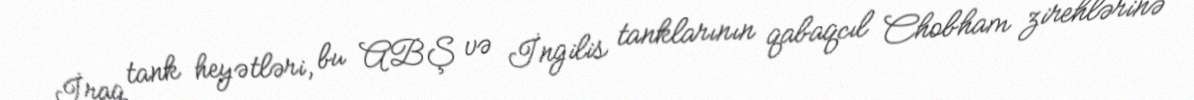
İraq tank heyətləri, bu ABŞ və İngilis tanklarının qabaqcıl Chobham zirehlərinə